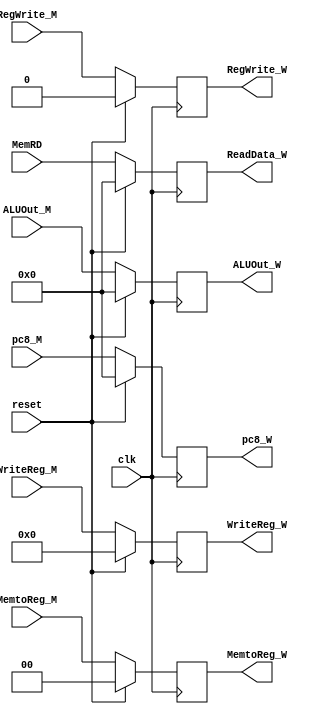
`timescale 1ns / 1ps
//////////////////////////////////////////////////////////////////////////////////
// Company: 
// Engineer: 
// 
// Design Name: 
// Module Name:    MEM_WB 
// Project Name: 
// Target Devices: 
// Tool versions: 
// Description: 
//
// Dependencies: 
//
// Revision: 
// Revision 0.01 - File Created
// Additional Comments: 
//
//////////////////////////////////////////////////////////////////////////////////
module ME_WB(
	 input clk,
	 input reset,
	 input [31:0] MemRD,
	 input [31:0] ALUOut_M,
	 input [4:0] WriteReg_M,
	 input [31:0] pc8_M,
	 
	 input RegWrite_M,
	 input [1:0] MemtoReg_M,
	 
	 output reg [31:0] ReadData_W,
	 output reg [31:0] ALUOut_W,
	 output reg [4:0] WriteReg_W,
	 output reg [31:0] pc8_W,
	 
	 output reg RegWrite_W,
	 output reg [1:0] MemtoReg_W
    ); 
	 
	 initial begin
		pc8_W <= 0;
		ReadData_W <= 0;
		ALUOut_W <= 0;
		WriteReg_W <= 0;
			
		MemtoReg_W <= 0;
		RegWrite_W <= 0;
	 end
	 
	 always @(posedge clk)begin
		if(reset)begin
			pc8_W <= 0;
			ReadData_W <= 0;
			ALUOut_W <= 0;
			WriteReg_W <= 0;
			
			MemtoReg_W <= 0;
			RegWrite_W <= 0;
		end
		else begin
			pc8_W <= pc8_M;
			ReadData_W <= MemRD;
			ALUOut_W <= ALUOut_M;
			WriteReg_W <= WriteReg_M;
			
			MemtoReg_W <= MemtoReg_M;
			RegWrite_W <= RegWrite_M;
		end
	 end


endmodule